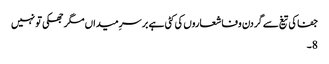
جفا کی تیغ سے گردن وفا شعاروں کی کٹی ہے بر سرِ میداں مگر جھکی تو نہیں
8۔